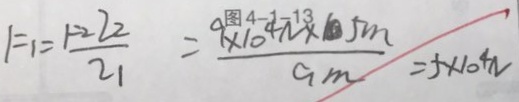
1 = 1 = \frac { 1 - Z _ { 2 } } { Z _ { 1 } } = \frac { 9 \times 1 0 ^ { 4 } N \times 5 m } { 9 m } = 5 \times 1 0 0 ^ { 4 } N